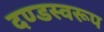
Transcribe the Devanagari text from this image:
दण्डस्वरूप